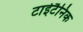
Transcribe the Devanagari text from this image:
टाईटैनिक